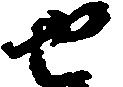
せ